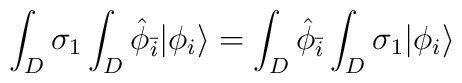
\int_{D} \sigma_{1} \int_{D} {\hat \phi}_{\bar i} | \phi_i\rangle = \int_{D} {\hat \phi}_{\bar i} \int_{D} \sigma_{1}| \phi_i \rangle \\